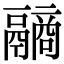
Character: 𩱐